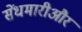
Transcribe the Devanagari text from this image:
सेंधमारीऔर